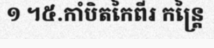
១ ។៥.កាំបិតកៃពីរ កន្ត្រៃ